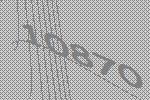
10870